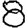
Digit: 8